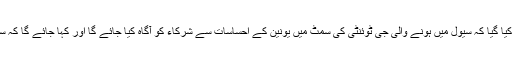
یورپی یونین کی سمٹ میں کرنسی وار کے موضوع کو بھی اٹھایا گیا اور طے کیا گیا کہ سیول میں ہونے والی جی ٹوئنٹی کی سمٹ میں یونین کے احساسات سے شرکاء کو آگاہ کیا جائے گا اور کہا جائے گا کہ سن 1931 میں سامنے آنے والے پروٹیکشنزم کے اعادےسے گریز بہت اہم ہے۔